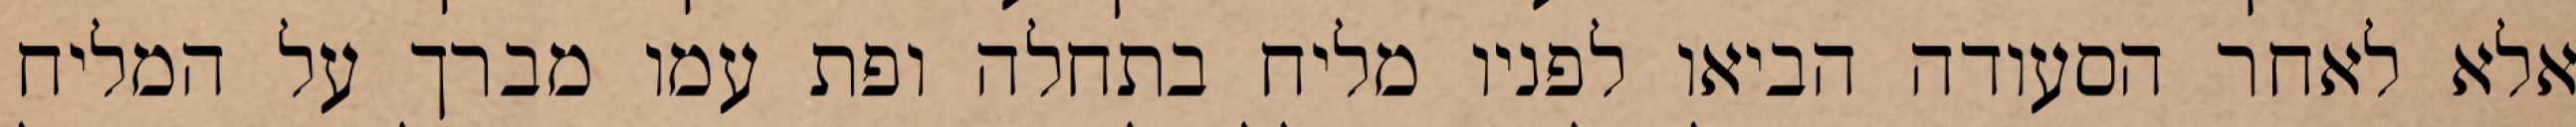
אלא לאחר הסעודה הביאו לפניו מליח בתחלה ופת עמו מברך על המליח